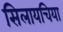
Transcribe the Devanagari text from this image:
सिलायचिया